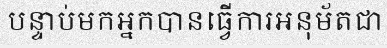
បន្ទាប់មកអ្នកបានធ្វើការអនុម័តជា